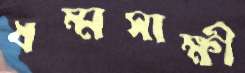
ধম্মসাক্ষী